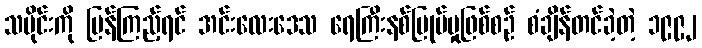
သမိုင်းကို ပြန်ကြည့်ရင် အင်းလေးဒေသ ရေကြီးနစ်မြုပ်မှုဖြစ်စဉ် စံချိန်တင်ခဲ့တဲ့ ၁၉၉၂